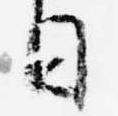
日